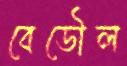
বেডৌল